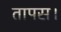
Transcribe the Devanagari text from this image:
तापस।